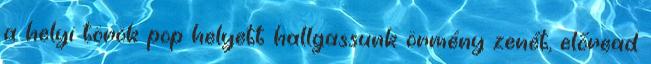
a helyi török pop helyett hallgassunk örmény zenét, előread